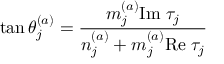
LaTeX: \tan \theta _ { j } ^ { ( a ) } = { \frac { m _ { j } ^ { ( a ) } \mathrm { I m } \; \tau _ { j } } { n _ { j } ^ { ( a ) } + m _ { j } ^ { ( a ) } \mathrm { R e } \; \tau _ { j } } }